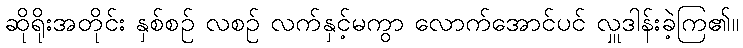
ဆိုရိုးအတိုင်း နှစ်စဉ် လစဉ် လက်နှင့်မကွာ လောက်အောင်ပင် လှူဒါန်းခဲ့ကြ၏။